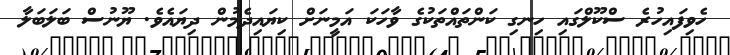
ހެވިފައިހުރެ ސްކޫލްގައި ހިނގި ކަންތައްތަކުގެ ވާހަކަ އަމީނަށް ކިޔައިދެމުން ދިޔައެވެ. ޔޫނުސް ބަލަބަލާ